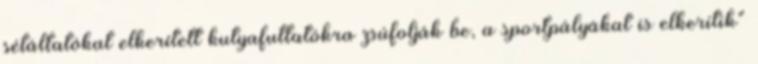
sétáltatókat elkerített kutyafuttatókra zsúfolják be, a sportpályákat is elkerítik"